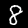
Digit: 8